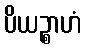
ပိယဉ္စာဟံ